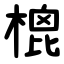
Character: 㮰